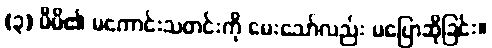
(၃) မိမိ၏ မကောင်းသတင်းကို မေးသော်လည်း မပြောဆိုခြင်း။